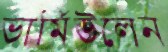
ভার্মিউলেন